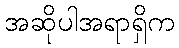
အဆိုပါအရာရှိက